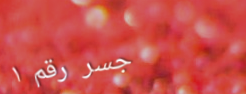
جسر رقم ١